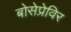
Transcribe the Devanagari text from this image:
बोसेप्रेविर